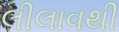
લીલાવથી